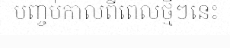
បញ្ចប់កាលពីពេលថ្មីៗនេះ